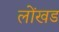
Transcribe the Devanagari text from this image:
लोंखड